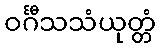
ဝင်္ဂီသသံယုတ္တံ